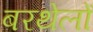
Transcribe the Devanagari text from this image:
बरथेलों